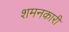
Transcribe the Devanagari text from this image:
शमनकारी